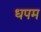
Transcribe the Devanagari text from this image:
धपम